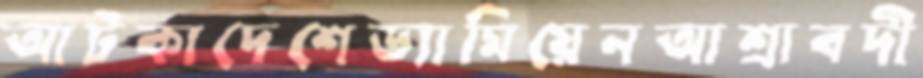
আটকাদেশেড্যামিয়েনআশ্রাবদী